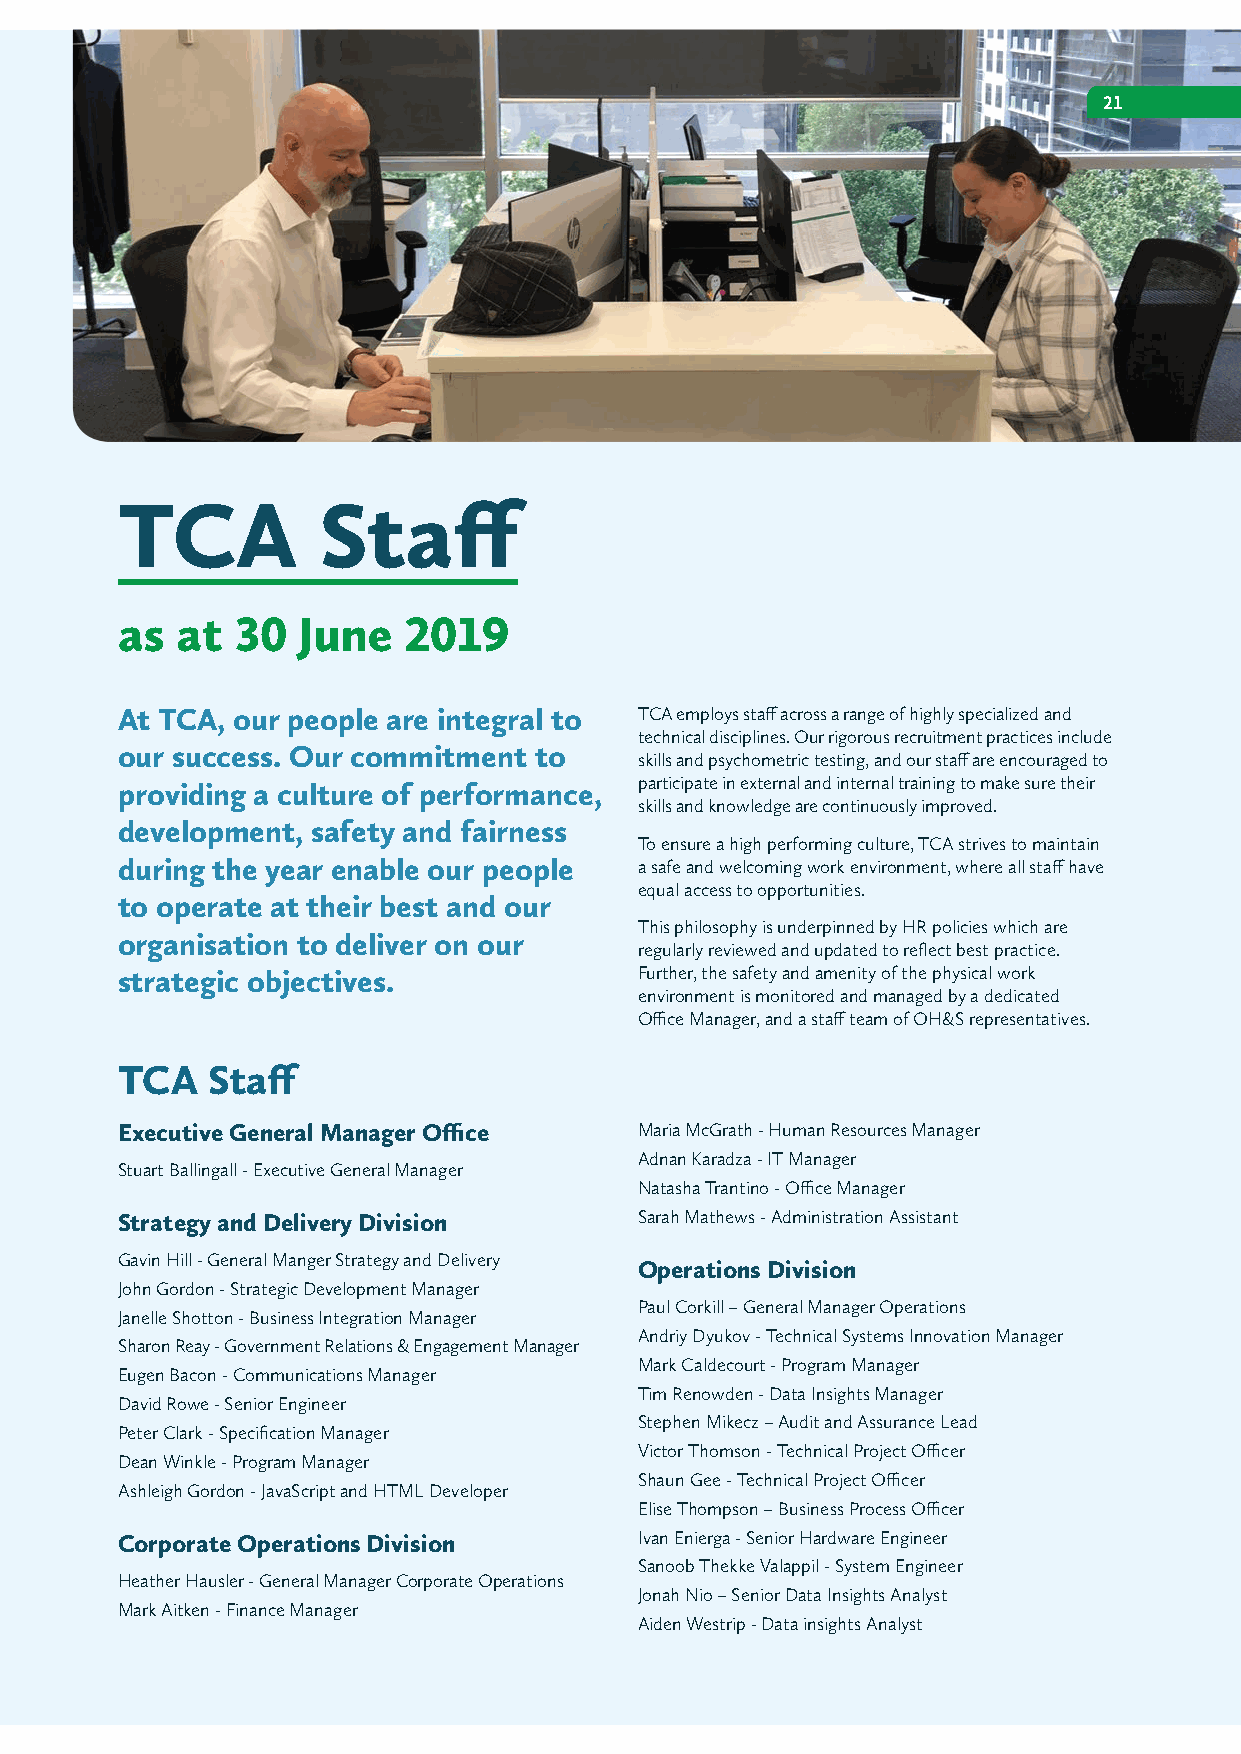
21
 TCA          Staff
 as  at  30  June   2019
 At TCA, our people are integral to TCA employs staff across a range of highly specialized and
 technical disciplines. Our rigorous recruitment practices include
 our success. Our commitment to
 skills and psychometric testing, and our staff are encouraged to
 participate in external and internal training to make sure their
 providing a culture of performance,
 skills and knowledge are continuously improved.
 development, safety and fairness
 To ensure a high performing culture, TCA strives to maintain
 during the year enable our people a safe and welcoming work environment, where all staff have
 equal access to opportunities.
 to operate at their best and our
 This philosophy is underpinned by HR policies which are
 organisation to deliver on our
 regularly reviewed and updated to reflect best practice.
 strategic objectives.             Further, the safety and amenity of the physical work
 environment is monitored and managed by a dedicated
 Office Manager, and a staff team of OH&S representatives.
 TCA   Staff
 Executive General Manager Office  Maria McGrath - Human Resources Manager
 Adnan Karadza - IT Manager
 Stuart Ballingall - Executive General Manager
 Natasha Trantino - Office Manager
 Strategy and Delivery Division    Sarah Mathews - Administration Assistant
 Gavin Hill - General Manger Strategy and Delivery
 Operations Division
 John Gordon - Strategic Development Manager
 Paul Corkill – General Manager Operations
 Janelle Shotton - Business Integration Manager
 Andriy Dyukov - Technical Systems Innovation Manager
 Sharon Reay - Government Relations & Engagement Manager
 Mark Caldecourt - Program Manager
 Eugen Bacon - Communications Manager
 Tim Renowden - Data Insights Manager
 David Rowe - Senior Engineer
 Stephen Mikecz – Audit and Assurance Lead
 Peter Clark - Specification Manager
 Victor Thomson - Technical Project Officer
 Dean Winkle - Program Manager
 Shaun Gee - Technical Project Officer
 Ashleigh Gordon - JavaScript and HTML Developer
 Elise Thompson – Business Process Officer
 Corporate Operations Division     Ivan Enierga - Senior Hardware Engineer
 Sanoob Thekke Valappil - System Engineer
 Heather Hausler - General Manager Corporate Operations
 Jonah Nio – Senior Data Insights Analyst
 Mark Aitken - Finance Manager
 Aiden Westrip - Data insights Analyst